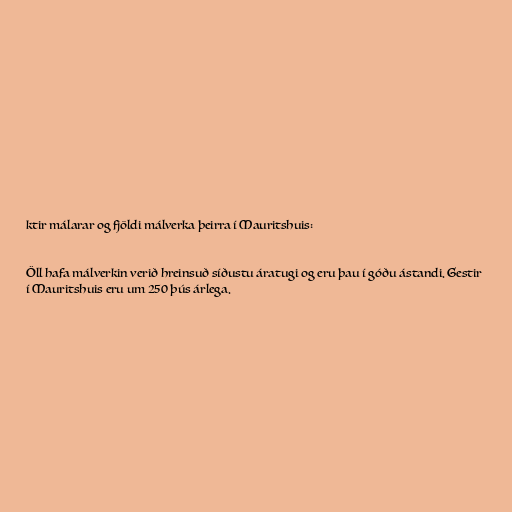
ktir málarar og fjöldi málverka þeirra í Mauritshuis:

Öll hafa málverkin verið hreinsuð síðustu áratugi og eru þau í góðu ástandi. Gestir
í Mauritshuis eru um 250 þús árlega.